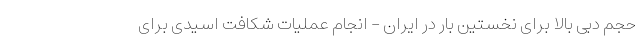
حجم دبی بالا برای نخستين بار در ایران - انجام عمليات شكافت اسيدی برای